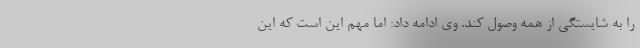
را به شایستگی از همه وصول کند. وی ادامه داد: اما مهم این است که این